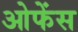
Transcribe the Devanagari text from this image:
ओफेंस